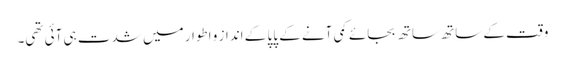
وقت کے ساتھ ساتھ بجائے کمی آنے کے پاپا کے انداز و اطوار میں شدت ہی آئی تھی۔